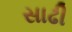
સાઢી